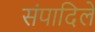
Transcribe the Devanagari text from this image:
संपादिले